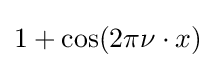
1+\cos(2\pi \nu \cdot x)